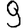
Digit: 9